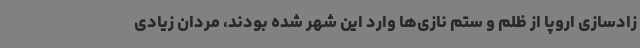
زادسازی اروپا از ظلم و ستم نازی‌ها وارد این شهر شده بودند، مردان زیادی